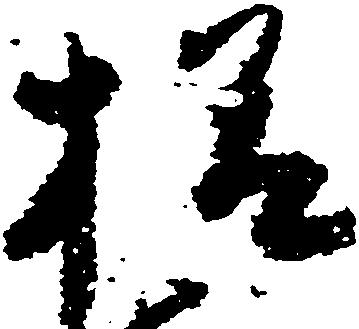
様